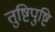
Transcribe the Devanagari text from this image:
तुष्टिपुष्टि